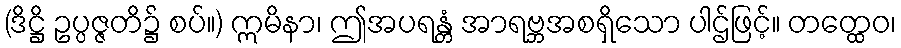
(ဒိဋ္ဌိ ဥပ္ပဇ္ဇတိ၌ စပ်။) ဣမိနာ၊ ဤအပရန္တံ အာရဗ္ဘအစရှိသော ပါဌ်ဖြင့်။ တတ္ထေဝ၊